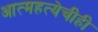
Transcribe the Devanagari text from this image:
आत्महत्येचीही